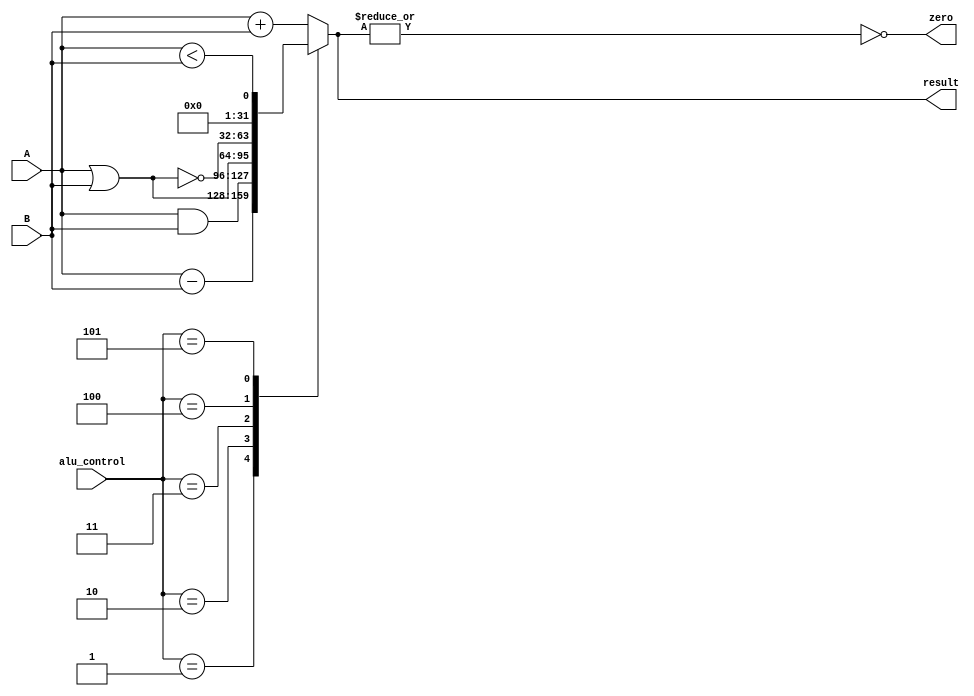
module Alu_Core(
	A,
	B,
	alu_control,
	result,
	zero
    );

input [31:0] A;
input [31:0] B;
input [2:0] alu_control;
output reg [31:0] result;
output wire zero;

assign zero = !(|result);

always @ (*)
begin
	case(alu_control)
	3'h0: result = A + B;
	3'h1: result = A - B;
	3'h2: result = A & B;
	3'h3: result = A | B;
	3'h4: result = ~(A | B);
	3'h5: result = (A < B);
	default: result = A + B;
	endcase
end
endmodule